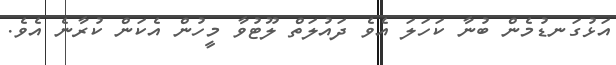
އަޅުގަނޑުމެން ބުނާ ކަހަލަ އެވެ ދައުލަތް ލޫޓުވާ މީހުން އެކަން ކުރާނެ އެވެ.